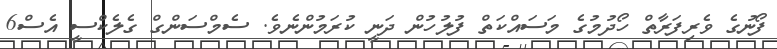
ފޯނުގެ ވެރިފަރާތް ހޯދުމުގެ މަސައްކަތް ފުލުހުން ދަނީ ކުރަމުންނެވެ. ސެމްސަންގް ގެލެކްސީ އެސް6